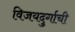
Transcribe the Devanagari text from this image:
विजयदुर्गाची